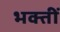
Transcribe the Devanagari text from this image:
भक्तीं